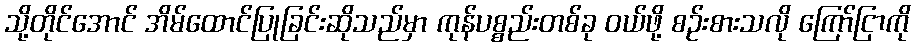
သို့တိုင်အောင် အိမ်ထောင်ပြုခြင်းဆိုသည်မှာ ကုန်ပစ္စည်းတစ်ခု ဝယ်ဖို့ စဉ်းစားသလို ကြော်ငြာကို